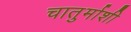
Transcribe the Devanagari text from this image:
चातुर्माशी